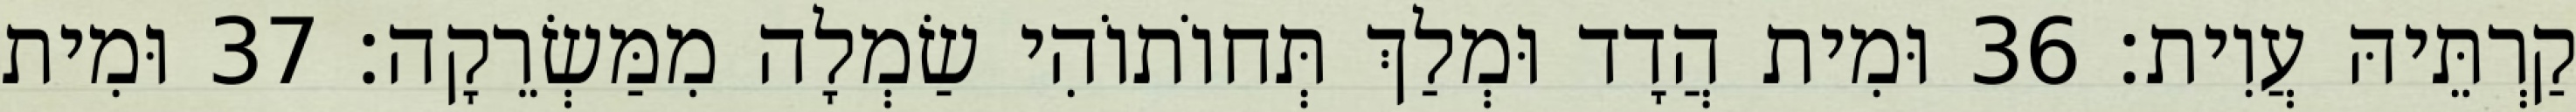
קַרְתֵּיהּ עֲוִית׃ 36 וּמִית הֲדָד וּמְלַךְ תְּחוֹתוֹהִי שַׂמְלָה מִמַּשְׂרֵקָה׃ 37 וּמִית